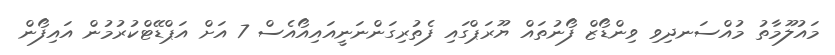
މައުލޫމާތު މުއްސަނދިވި ވިންޑޯޒް ފޯނުތައް ޔޫރަޕްގައި ފެތުރިގަންނަނީއައިއޯއެސް 7 އަށް އަޕްޑޭޓްކުރުމުން އައިފޯން